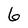
Character: 6